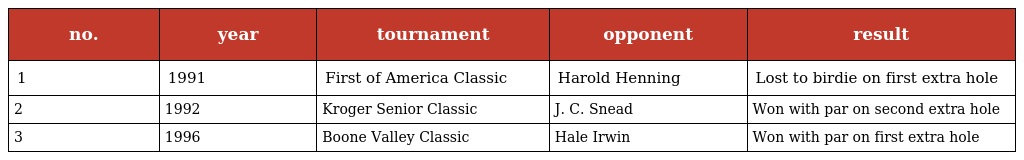
| no. | year | tournament | opponent | result |
 | --- | --- | --- | --- | --- |
 | 1 | 1991 | First of America Classic | Harold Henning | Lost to birdie on first extra hole |
 | 2 | 1992 | Kroger Senior Classic | J. C. Snead | Won with par on second extra hole |
 | 3 | 1996 | Boone Valley Classic | Hale Irwin | Won with par on first extra hole |